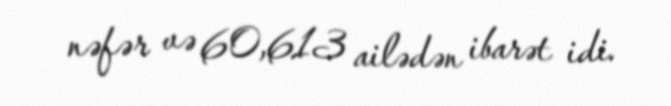
nəfər və 60,613 ailədən ibarət idi.